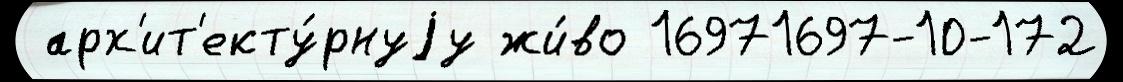
 арх'ит'екту́рнуjу жи́во 16971697-10-172